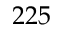
2 2 5